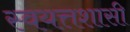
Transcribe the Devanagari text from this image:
स्वयत्तशासी